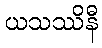
ယသဿိနီ